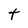
Character: t